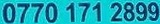
0770 171 2899